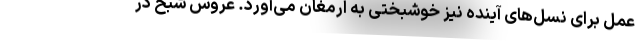
عمل برای نسل‌های آینده نیز خوشبختی به ارمغان می‌آورد. عروس شبح در